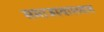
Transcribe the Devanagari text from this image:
समाजस्वास्थ्यात